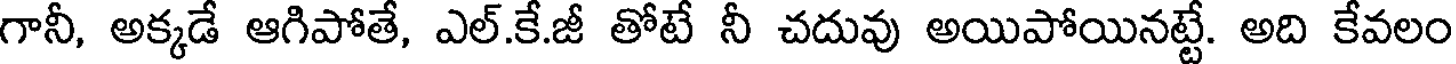
గానీ, అక్కడే ఆగిపోతే, ఎల్.కే.జీ తోటే నీ చదువు అయిపోయినట్టే. అది కేవలం